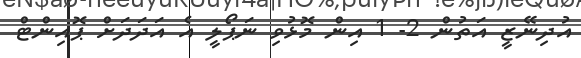
އުދިނޭޒީ އަތުން 2- 1 އިން މޮޅުވި ނަޕޯލީ އެ އަދަދަށް ޕޮއިންޓް